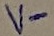
Text: V-